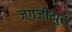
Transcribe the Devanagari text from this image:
जगजीत्पुर